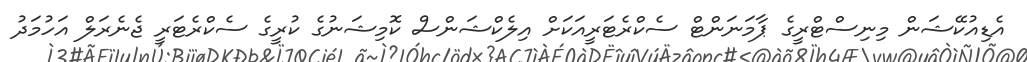
އެޑިއުކޭޝަން މިނިސްޓްރީގެ ޕާމަނަންޓް ސެކްރެޓަރީއަކަށް އިލެކްޝަންސް ކޮމިޝަނުގެ ކުރީގެ ސެކްރެޓަރީ ޖެނެރަލް އަހުމަދު